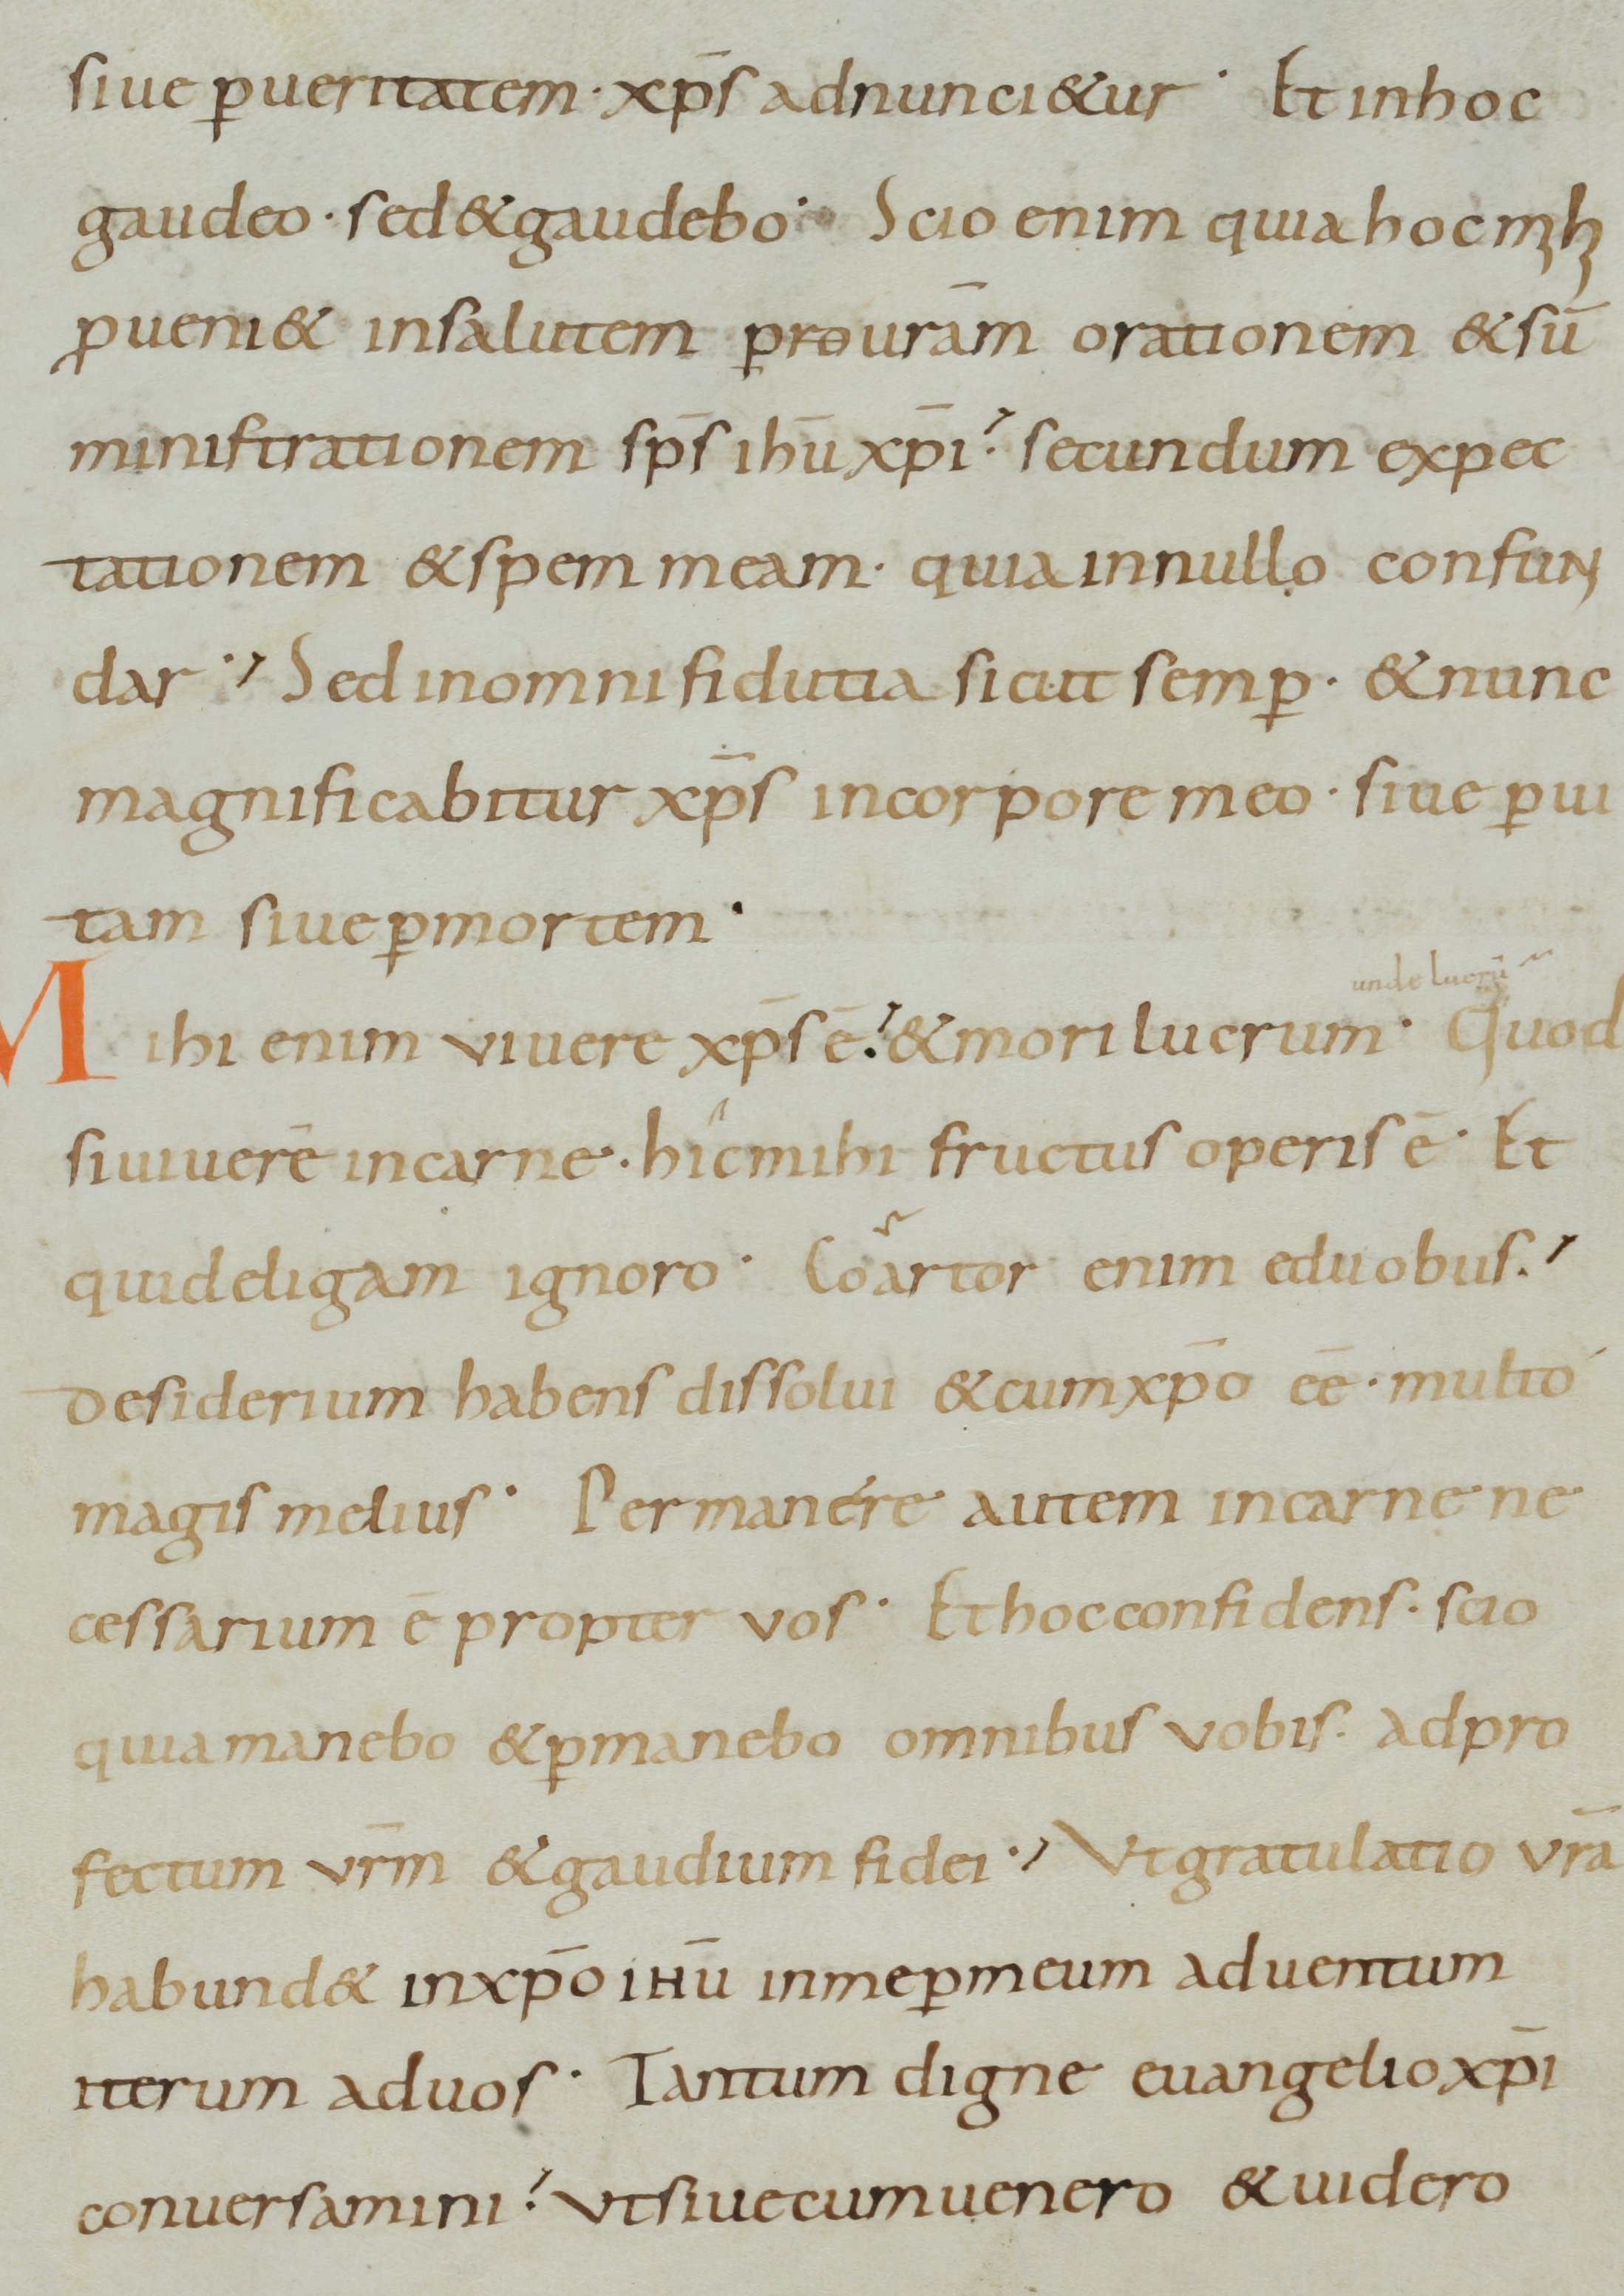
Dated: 800–899